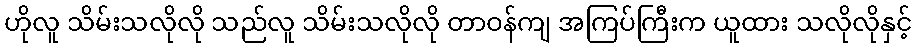
ဟိုလူ သိမ်းသလိုလို သည်လူ သိမ်းသလိုလို တာဝန်ကျ အကြပ်ကြီးက ယူထား သလိုလိုနှင့်